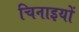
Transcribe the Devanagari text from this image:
चिनाइयों